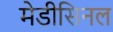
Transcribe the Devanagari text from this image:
मेडीसिनल